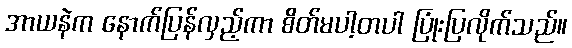
အာယနဲက နောက်ပြန်လှည့်ကာ စိတ်မပါ့တပါ ပြုံးပြလိုက်သည်။